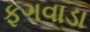
ફગવાડા